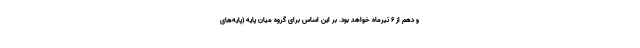
و دهم از ۶ تیرماه خواهد بود. بر این اساس برای گروه میان پایه (پایه‌های